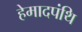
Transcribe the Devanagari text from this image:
हेमादपंथि